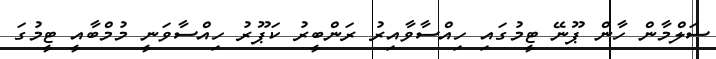
ސަލްމާން ހާން ޕޫނޭ ޓީމުގައި ހިއްސާވާއިރު ރަންބީރު ކަޕޫރު ހިއްސާވަނީ މުމްބާއީ ޓީމުގަ